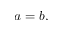
a = b ,